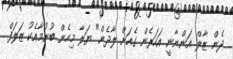
ދެން ޒާލް އަންނާނީ އަހަރެން ގެއަށް ލާދެން" ޔަލާ މިހެން ބުނުމާއެކު ޒަލަފް